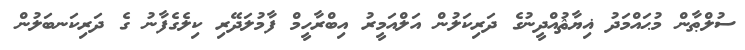
ސުލްޠާން މުޙައްމަދު ޣިޔާޘުއްދީނުގެ ދަރިކަލުން އަލްއަމީރު އިބްރާހީމް ފާމުލަދޭރި ކިލެގެފާނު ގެ ދަރިކަނބަލުން